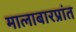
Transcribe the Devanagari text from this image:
मालाबारप्रांत